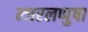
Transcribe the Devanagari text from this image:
न्जरलप्पुषा